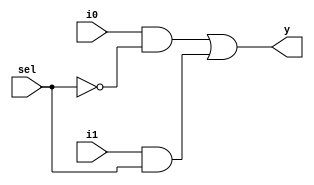
module mux21 (y, sel, i0, i1);
    input sel, i0, i1;
    output y;
    //not g0(selb, sel);
    and g1(w1, i0, ~sel);
    and g2(w2, i1, sel);
    or g3(y, w1, w2);
    
endmodule